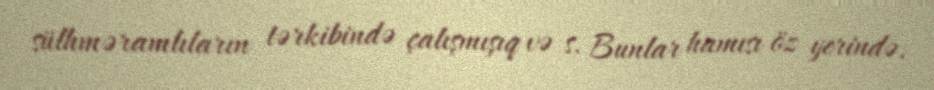
sülhməramlıların tərkibində çalışmışıq və s. Bunlar hamısı öz yerində.